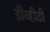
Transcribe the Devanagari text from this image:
डीव्हीटी